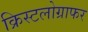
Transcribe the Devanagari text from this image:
क्रिस्टलोग्राफर